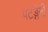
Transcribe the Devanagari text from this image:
पटङ्गेनी